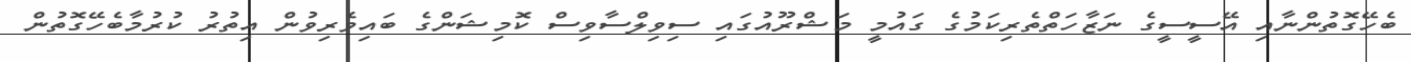
ބެހޭގޮތުންނާއި އޭސީސީގެ ނަޒާހަތްތެރިކަމުގެ ގައުމީ މަޝްރޫއުގައި ސިވިލްސާވިސް ކޮމިޝަންގެ ބައިވެރިވުން އިތުރު ކުރުމާބެހޭގޮތުން